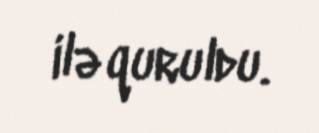
ilə quruldu.